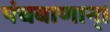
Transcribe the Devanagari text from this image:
पंचबाणान्‌।